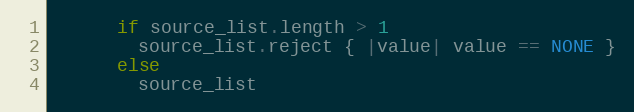
Language: Ruby
      if source_list.length > 1
        source_list.reject { |value| value == NONE }
      else
        source_list